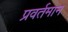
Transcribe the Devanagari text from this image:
प्रवर्तमान